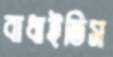
বাধাইতিস